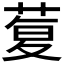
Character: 𰱦